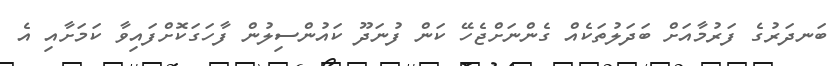
ބަނދަރުގެ ފަރުމާއަށް ބަދަލުތަކެއް ގެންނަށްޖެހޭ ކަން ފުނަދޫ ކައުންސިލުން ފާހަގަކޮށްފައިވާ ކަމަށާއި އެ